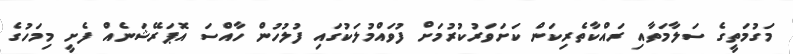
މަގުމަތީގެ ސަލާމަތާއި ރައްކާތެރިކަން ކަށަވަރުކުރުމަށް ފުވައްމުލަކުގައި ފުލުހުން ހާއްސަ އޮޕަރޭޝަނެއް ފެށީ މިމަހުގެ